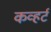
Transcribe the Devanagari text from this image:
कव्हर्ट